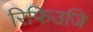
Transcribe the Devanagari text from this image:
रिफिउजि